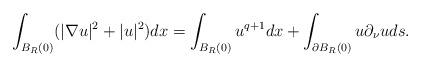
LaTeX: \begin{align*} \int_{B_R(0)}(|\nabla u|^2+|u|^2)dx=\int_{B_R(0)}u^{q+1}dx+\int_{\partial B_R(0)}u\partial_{\nu}uds.\end{align*}